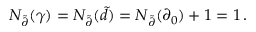
N _ { \tilde { \partial } } ( \gamma ) = N _ { \tilde { \partial } } ( \tilde { d } ) = N _ { \tilde { \partial } } ( \partial _ { 0 } ) + 1 = 1 \, .